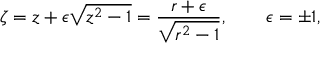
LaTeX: \zeta = z + \epsilon \sqrt { z ^ { 2 } - 1 } = \frac { r + \epsilon } { \sqrt { r ^ { 2 } - 1 } } , \qquad \epsilon = \pm 1 ,